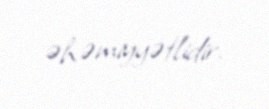
əhəmiyyətlidir.